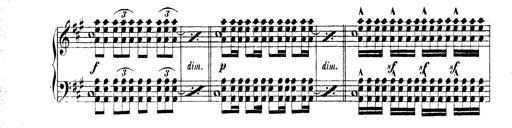
Title: Technische Studien
Composer: Franz Liszt